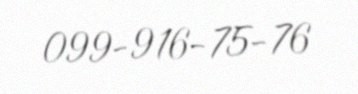
099-916-75-76